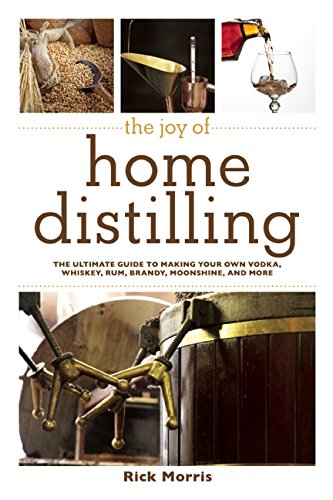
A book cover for The Joy of Home Distilling: The Ultimate Guide to Making Your Own Vodka, Whiskey, Rum, Brandy, Moonshine, and More; Rick Morris; Cookbooks, Food & Wine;